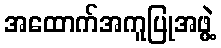
အထောက်အကူပြုအဖွဲ့